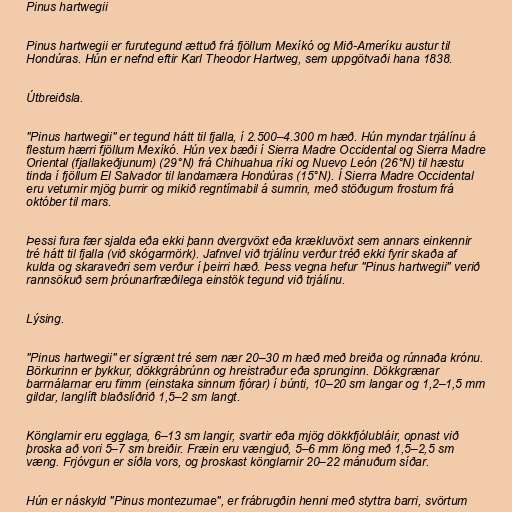
Pinus hartwegii

Pinus hartwegii er furutegund ættuð frá fjöllum Mexíkó og Mið-Ameríku austur til
Hondúras. Hún er nefnd eftir Karl Theodor Hartweg, sem uppgötvaði hana 1838.

Útbreiðsla.

"Pinus hartwegii" er tegund hátt til fjalla, í 2.500–4.300 m hæð. Hún myndar trjálínu á
flestum hærri fjöllum Mexíkó. Hún vex bæði í Sierra Madre Occidental og Sierra Madre
Oriental (fjallakeðjunum) (29°N) frá Chihuahua ríki og Nuevo León (26°N) til hæstu
tinda í fjöllum El Salvador til landamæra Hondúras (15°N). Í Sierra Madre Occidental
eru veturnir mjög þurrir og mikið regntímabil á sumrin, með stöðugum frostum frá
október til mars.

Þessi fura fær sjalda eða ekki þann dvergvöxt eða krækluvöxt sem annars einkennir
tré hátt til fjalla (við skógarmörk). Jafnvel við trjálínu verður tréð ekki fyrir skaða af
kulda og skaraveðri sem verður í þeirri hæð. Þess vegna hefur "Pinus hartwegii" verið
rannsökuð sem þróunarfræðilega einstök tegund við trjálínu.

Lýsing.

"Pinus hartwegii" er sígrænt tré sem nær 20–30 m hæð með breiða og rúnnaða krónu.
Börkurinn er þykkur, dökkgrábrúnn og hreistraður eða sprunginn. Dökkgrænar
barrnálarnar eru fimm (einstaka sinnum fjórar) í búnti, 10–20 sm langar og 1,2–1,5 mm
gildar, langlíft blaðslíðrið 1,5–2 sm langt.

Könglarnir eru egglaga, 6–13 sm langir, svartir eða mjög dökkfjólubláir, opnast við
þroska að vori 5–7 sm breiðir. Fræin eru vængjuð, 5–6 mm löng með 1,5–2,5 sm
væng. Frjóvgun er síðla vors, og þroskast könglarnir 20–22 mánuðum síðar.

Hún er náskyld "Pinus montezumae", er frábrugðin henni með styttra barri, svörtum